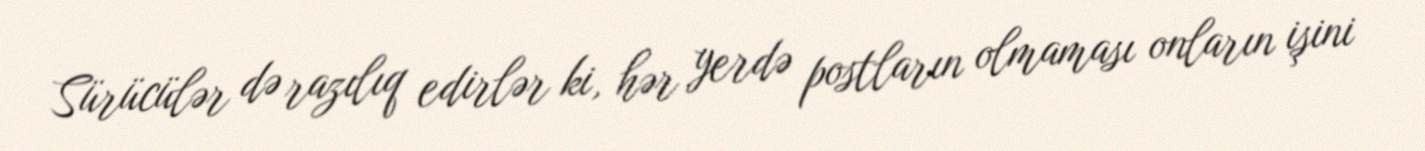
Sürücülər də razılıq edirlər ki, hər yerdə postların olmaması onların işini